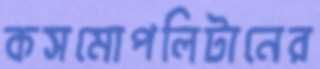
কসমোপলিটানের